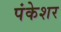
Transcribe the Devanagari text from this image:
पंकेशर